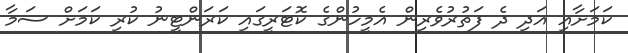
ކަމަށާއި އަދި ދެ ފަތުރުވެރިން އެމީހުންގެ ކޮޓަރީގައި ކަރަންޓީނު ކުރި ކަމަށް ސަމާ